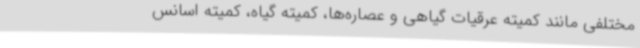
مختلفی مانند کمیته عرقیات گیاهی و عصاره‌ها، کمیته گیاه، کمیته اسانس